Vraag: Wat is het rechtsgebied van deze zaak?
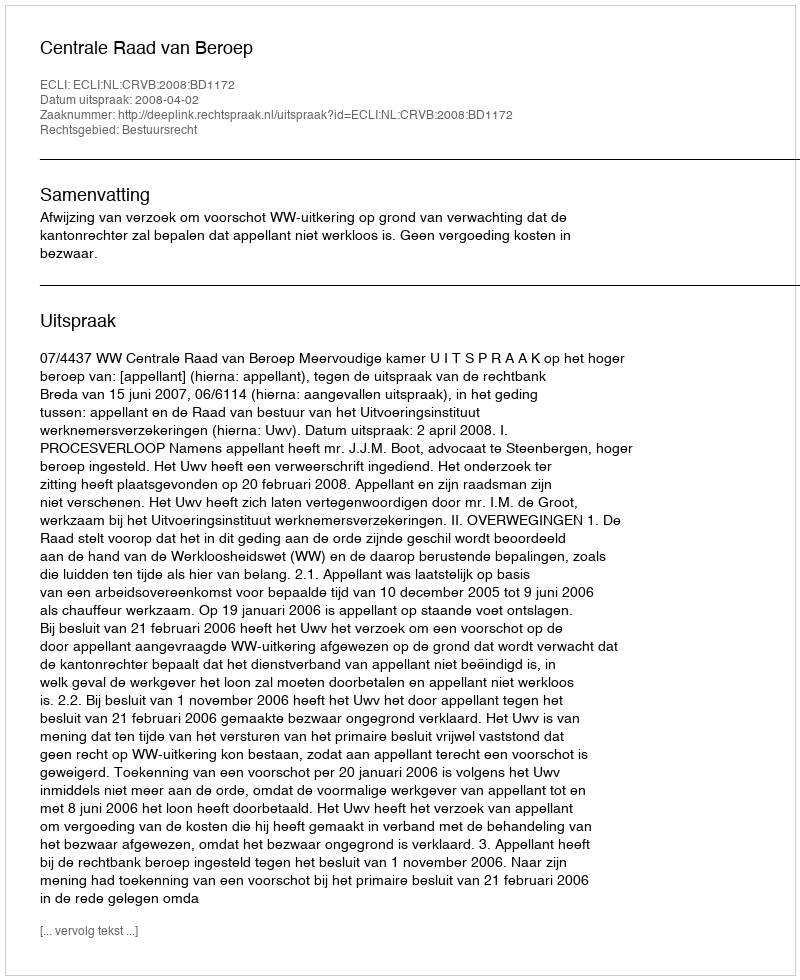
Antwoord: Bestuursrecht